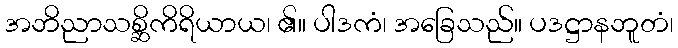
အဘိညာသစ္ဆိကိရိယာယ၊ ၏။ ပါဒကံ၊ အခြေသည်။ ပဒဋ္ဌာနဘူတံ၊